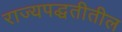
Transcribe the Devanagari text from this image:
राज्यपद्धतीतील